Subject: stat
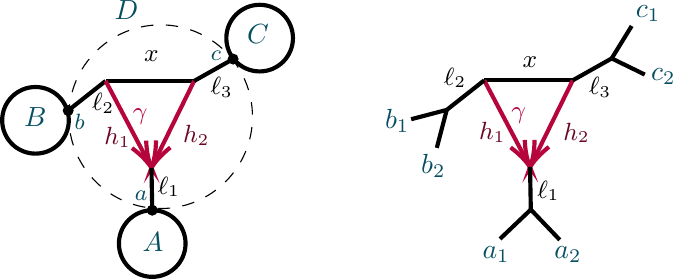
LaTeX code:
\begin{tikzpicture}[x=0.75pt,y=0.75pt,yscale=-0.9,xscale=0.9]

\draw [line width=1.5]    (330.39,82.44) -- (377.77,82.44) ;
\draw [color={rgb, 255:red, 182; green, 5; blue, 60 }  ,draw opacity=1 ][line width=1.5]    (330.39,82.44) -- (353.52,126.28) ;
\draw [shift={(354.92,128.93)}, rotate = 242.19] [color={rgb, 255:red, 182; green, 5; blue, 60 }  ,draw opacity=1 ][line width=1.5]    (14.21,-4.28) .. controls (9.04,-1.82) and (4.3,-0.39) .. (0,0) .. controls (4.3,0.39) and (9.04,1.82) .. (14.21,4.28)   ;
\draw [color={rgb, 255:red, 182; green, 5; blue, 60 }  ,draw opacity=1 ][line width=1.5]    (377.77,82.44) -- (356.24,126.24) ;
\draw [shift={(354.92,128.93)}, rotate = 296.18] [color={rgb, 255:red, 182; green, 5; blue, 60 }  ,draw opacity=1 ][line width=1.5]    (14.21,-4.28) .. controls (9.04,-1.82) and (4.3,-0.39) .. (0,0) .. controls (4.3,0.39) and (9.04,1.82) .. (14.21,4.28)   ;
\draw [line width=1.5]    (377.77,82.44) -- (398.63,70.71) ;
\draw [line width=1.5]    (354.92,128.93) -- (355.33,151.63) ;
\draw [line width=1.5]    (398.63,70.71) -- (409.33,53.34) ;
\draw [line width=1.5]    (398.63,70.71) -- (416.33,79.34) ;
\draw [line width=1.5]    (305,118.59) -- (310.33,98.26) ;
\draw [line width=1.5]    (291.26,103.26) -- (310.33,98.26) ;
\draw [line width=1.5]    (355.33,151.63) -- (338.83,167.34) ;
\draw [line width=1.5]    (355.33,151.63) -- (370.83,167.84) ;
\draw [line width=1.5]    (107.67,98.59) -- (127.72,82.77) ;
\draw [line width=1.5]    (127.72,82.77) -- (175.1,82.77) ;
\draw [color={rgb, 255:red, 182; green, 5; blue, 60 }  ,draw opacity=1 ][line width=1.5]    (127.72,82.77) -- (150.85,126.61) ;
\draw [shift={(152.25,129.26)}, rotate = 242.19] [color={rgb, 255:red, 182; green, 5; blue, 60 }  ,draw opacity=1 ][line width=1.5]    (14.21,-4.28) .. controls (9.04,-1.82) and (4.3,-0.39) .. (0,0) .. controls (4.3,0.39) and (9.04,1.82) .. (14.21,4.28)   ;
\draw [color={rgb, 255:red, 182; green, 5; blue, 60 }  ,draw opacity=1 ][line width=1.5]    (175.1,82.77) -- (153.57,126.57) ;
\draw [shift={(152.25,129.26)}, rotate = 296.18] [color={rgb, 255:red, 182; green, 5; blue, 60 }  ,draw opacity=1 ][line width=1.5]    (14.21,-4.28) .. controls (9.04,-1.82) and (4.3,-0.39) .. (0,0) .. controls (4.3,0.39) and (9.04,1.82) .. (14.21,4.28)   ;
\draw [line width=1.5]    (175.1,82.77) -- (195.97,71.04) ;
\draw [line width=1.5]    (152.25,129.26) -- (152.67,151.96) ;
\draw  [line width=1.5]  (72.33,103.83) .. controls (72.33,93.98) and (80.32,86) .. (90.17,86) .. controls (100.02,86) and (108,93.98) .. (108,103.83) .. controls (108,113.68) and (100.02,121.67) .. (90.17,121.67) .. controls (80.32,121.67) and (72.33,113.68) .. (72.33,103.83) -- cycle ;
\draw  [line width=1.5]  (134.83,169.8) .. controls (134.83,159.95) and (142.82,151.96) .. (152.67,151.96) .. controls (162.52,151.96) and (170.5,159.95) .. (170.5,169.8) .. controls (170.5,179.64) and (162.52,187.63) .. (152.67,187.63) .. controls (142.82,187.63) and (134.83,179.64) .. (134.83,169.8) -- cycle ;
\draw  [line width=1.5]  (192.33,59.83) .. controls (192.33,49.98) and (200.32,42) .. (210.17,42) .. controls (220.02,42) and (228,49.98) .. (228,59.83) .. controls (228,69.68) and (220.02,77.67) .. (210.17,77.67) .. controls (200.32,77.67) and (192.33,69.68) .. (192.33,59.83) -- cycle ;
\draw [line width=1.5]    (310.33,98.26) -- (330.39,82.44) ;
\draw  [fill={rgb, 255:red, 0; green, 0; blue, 0 }  ,fill opacity=1 ] (105.04,98.59) .. controls (105.04,97.14) and (106.22,95.96) .. (107.67,95.96) .. controls (109.12,95.96) and (110.29,97.14) .. (110.29,98.59) .. controls (110.29,100.04) and (109.12,101.22) .. (107.67,101.22) .. controls (106.22,101.22) and (105.04,100.04) .. (105.04,98.59) -- cycle ;
\draw  [fill={rgb, 255:red, 0; green, 0; blue, 0 }  ,fill opacity=1 ] (150.04,151.96) .. controls (150.04,150.51) and (151.22,149.33) .. (152.67,149.33) .. controls (154.12,149.33) and (155.29,150.51) .. (155.29,151.96) .. controls (155.29,153.41) and (154.12,154.59) .. (152.67,154.59) .. controls (151.22,154.59) and (150.04,153.41) .. (150.04,151.96) -- cycle ;
\draw  [fill={rgb, 255:red, 0; green, 0; blue, 0 }  ,fill opacity=1 ] (193.34,71.04) .. controls (193.34,69.59) and (194.52,68.41) .. (195.97,68.41) .. controls (197.42,68.41) and (198.59,69.59) .. (198.59,71.04) .. controls (198.59,72.49) and (197.42,73.67) .. (195.97,73.67) .. controls (194.52,73.67) and (193.34,72.49) .. (193.34,71.04) -- cycle ;
\draw  [dash pattern={on 4.5pt off 4.5pt}] (108,101.91) .. controls (108,74.75) and (130.01,52.74) .. (157.17,52.74) .. controls (184.32,52.74) and (206.33,74.75) .. (206.33,101.91) .. controls (206.33,129.06) and (184.32,151.07) .. (157.17,151.07) .. controls (130.01,151.07) and (108,129.06) .. (108,101.91) -- cycle ;

\draw (410.16,40.88) node [anchor=north west][inner sep=0.75pt]  [font=\normalsize,color={rgb, 255:red, 6; green, 79; blue, 97 }  ,opacity=1 ]  {$c_{1}$};
\draw (275.91,96.64) node [anchor=north west][inner sep=0.75pt]  [font=\normalsize,color={rgb, 255:red, 6; green, 79; blue, 97 }  ,opacity=1 ]  {$b_{1}$};
\draw (418.33,74.74) node [anchor=north west][inner sep=0.75pt]  [font=\normalsize,color={rgb, 255:red, 6; green, 79; blue, 97 }  ,opacity=1 ]  {$c_{2}$};
\draw (343.53,95.66) node [anchor=north west][inner sep=0.75pt]  [font=\small,color={rgb, 255:red, 182; green, 5; blue, 60 }  ,opacity=1 ]  {$\gamma $};
\draw (307.43,74.29) node [anchor=north west][inner sep=0.75pt]  [font=\small]  {$\ell _{2}$};
\draw (385.13,79.26) node [anchor=north west][inner sep=0.75pt]  [font=\small]  {$\ell _{3}$};
\draw (349.53,68.66) node [anchor=north west][inner sep=0.75pt]  [font=\small]  {$x$};
\draw (295.24,120.48) node [anchor=north west][inner sep=0.75pt]  [font=\normalsize,color={rgb, 255:red, 6; green, 79; blue, 97 }  ,opacity=1 ]  {$b_{2}$};
\draw (328.08,170.14) node [anchor=north west][inner sep=0.75pt]  [font=\normalsize,color={rgb, 255:red, 6; green, 79; blue, 97 }  ,opacity=1 ]  {$a_{1}$};
\draw (366.58,170.14) node [anchor=north west][inner sep=0.75pt]  [font=\normalsize,color={rgb, 255:red, 6; green, 79; blue, 97 }  ,opacity=1 ]  {$a_{2}$};
\draw (357.42,134.83) node [anchor=north west][inner sep=0.75pt]  [font=\small]  {$\ell _{1}$};
\draw (326.25,103.33) node [anchor=north west][inner sep=0.75pt]  [font=\small,color={rgb, 255:red, 108; green, 4; blue, 35 }  ,opacity=1 ]  {$h_{1}$};
\draw (371.42,103.83) node [anchor=north west][inner sep=0.75pt]  [font=\small,color={rgb, 255:red, 108; green, 4; blue, 35 }  ,opacity=1 ]  {$h_{2}$};
\draw (140.87,95.99) node [anchor=north west][inner sep=0.75pt]  [font=\small,color={rgb, 255:red, 182; green, 5; blue, 60 }  ,opacity=1 ]  {$\gamma $};
\draw (119.1,87.96) node [anchor=north west][inner sep=0.75pt]  [font=\small]  {$\ell _{2}$};
\draw (182.47,79.59) node [anchor=north west][inner sep=0.75pt]  [font=\small]  {$\ell _{3}$};
\draw (146.87,64.99) node [anchor=north west][inner sep=0.75pt]  [font=\small]  {$x$};
\draw (154.25,132.66) node [anchor=north west][inner sep=0.75pt]  [font=\small]  {$\ell _{1}$};
\draw (125.58,106.33) node [anchor=north west][inner sep=0.75pt]  [font=\small,color={rgb, 255:red, 108; green, 4; blue, 35 }  ,opacity=1 ]  {$h_{1}$};
\draw (167.75,105.16) node [anchor=north west][inner sep=0.75pt]  [font=\small,color={rgb, 255:red, 108; green, 4; blue, 35 }  ,opacity=1 ]  {$h_{2}$};
\draw (146.08,162.48) node [anchor=north west][inner sep=0.75pt]  [font=\normalsize,color={rgb, 255:red, 6; green, 79; blue, 97 }  ,opacity=1 ]  {$A$};
\draw (82.74,95.81) node [anchor=north west][inner sep=0.75pt]  [font=\normalsize,color={rgb, 255:red, 6; green, 79; blue, 97 }  ,opacity=1 ]  {$B$};
\draw (202.08,51.14) node [anchor=north west][inner sep=0.75pt]  [font=\normalsize,color={rgb, 255:red, 6; green, 79; blue, 97 }  ,opacity=1 ]  {$C$};
\draw (142,140.07) node [anchor=north west][inner sep=0.75pt]  [font=\footnotesize,color={rgb, 255:red, 6; green, 79; blue, 97 }  ,opacity=1 ]  {$a$};
\draw (109.67,99.36) node [anchor=north west][inner sep=0.75pt]  [font=\footnotesize,color={rgb, 255:red, 6; green, 79; blue, 97 }  ,opacity=1 ]  {$b$};
\draw (182.67,65.07) node [anchor=north west][inner sep=0.75pt]  [font=\footnotesize,color={rgb, 255:red, 6; green, 79; blue, 97 }  ,opacity=1 ]  {$c$};
\draw (131.08,38.48) node [anchor=north west][inner sep=0.75pt]  [font=\normalsize,color={rgb, 255:red, 6; green, 79; blue, 97 }  ,opacity=1 ]  {$D$};

\end{tikzpicture}